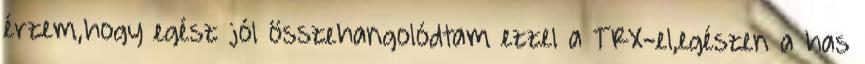
érzem,hogy egész jól összehangolódtam ezzel a TRX-el,egészen a has